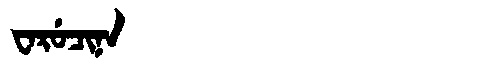
Manchu: ᠸᠠᡵᡠᠴᡳᠨᠠ
Romanization: WARUCINA